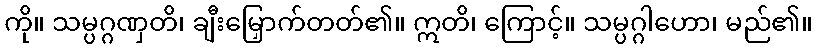
ကို။ သမ္ပဂ္ဂဏှတိ၊ ချီးမြှောက်တတ်၏။ ဣတိ၊ ကြောင့်။ သမ္ပဂ္ဂါဟော၊ မည်၏။